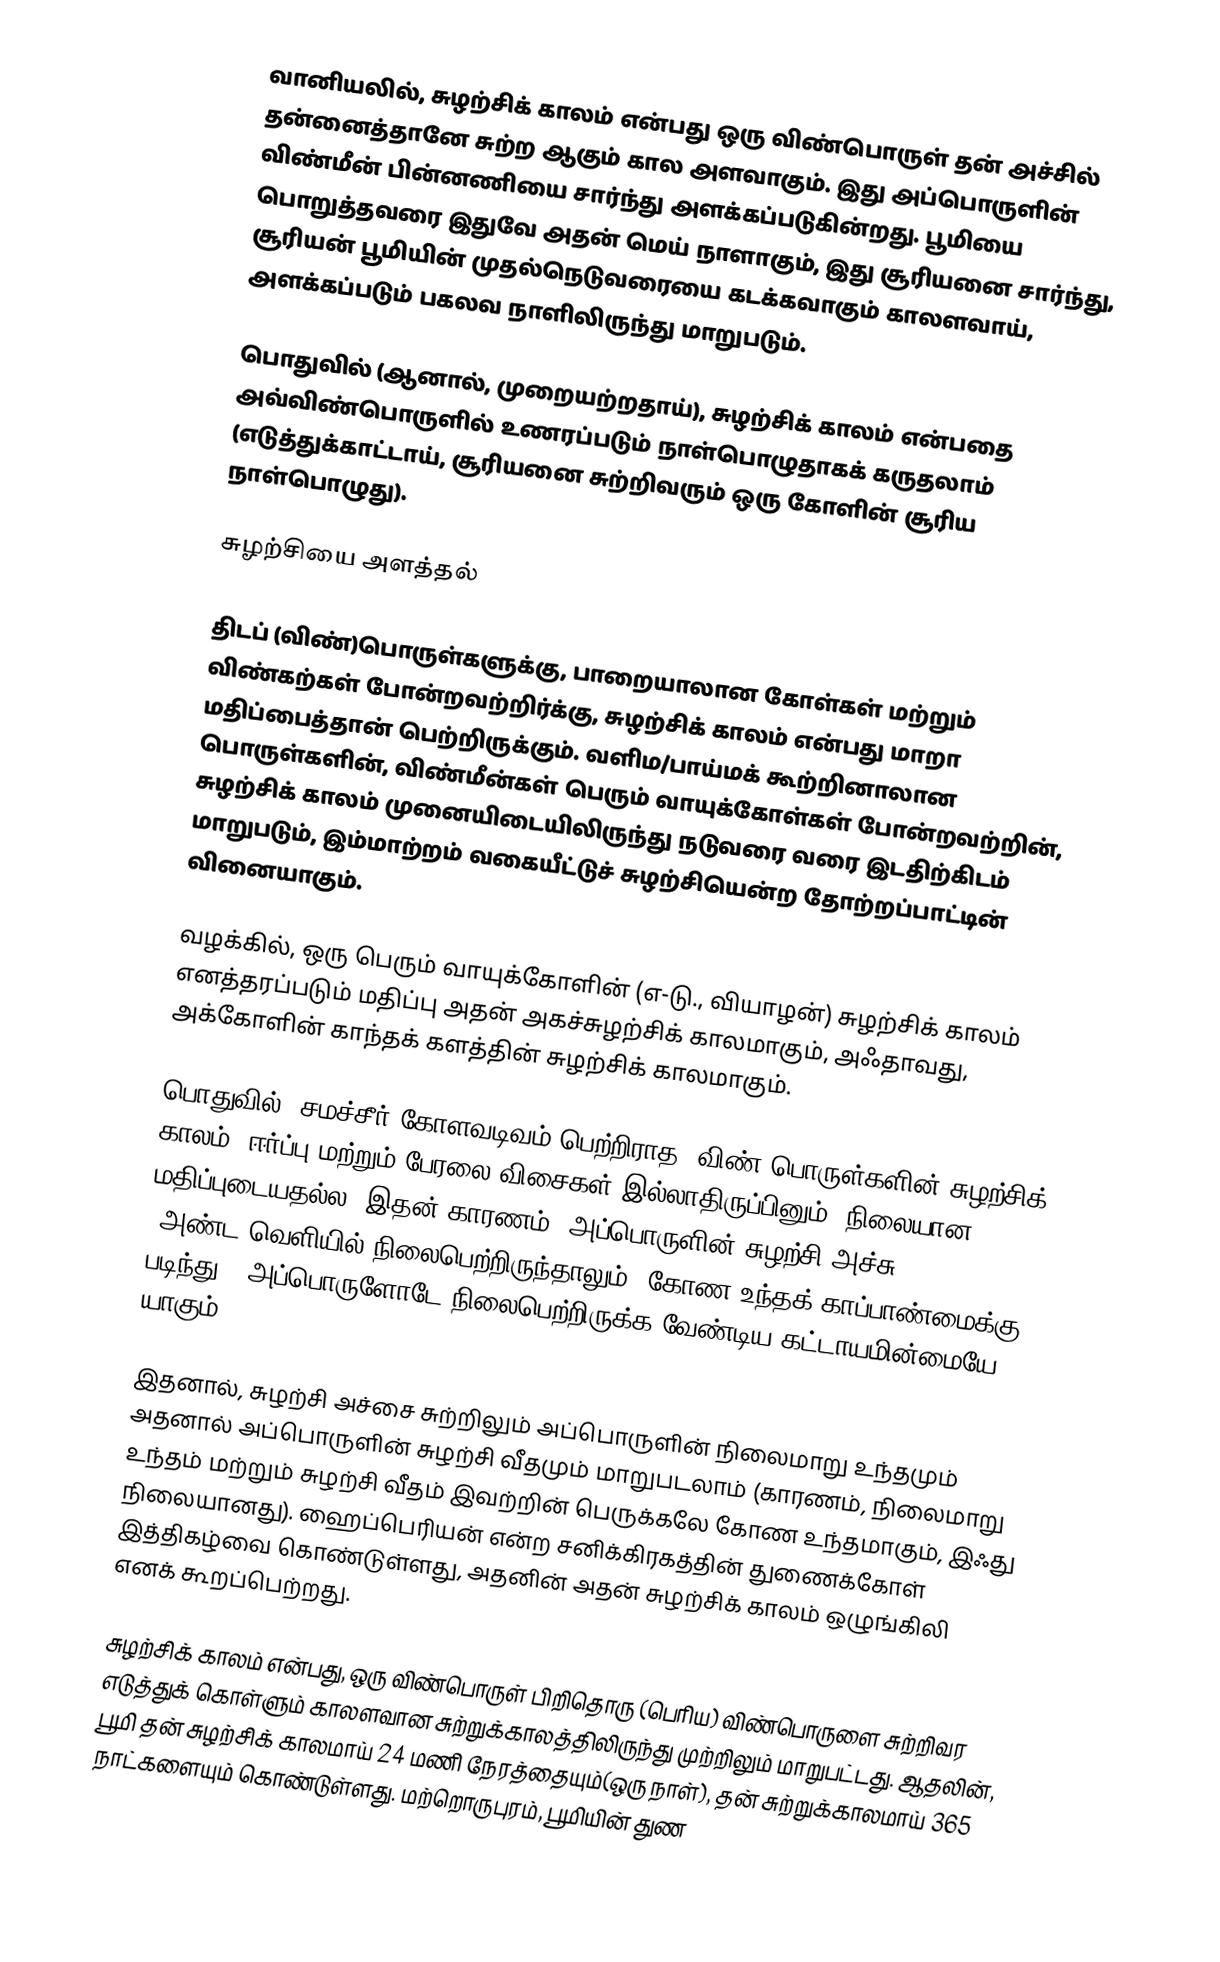
வானியலில், சுழற்சிக் காலம் என்பது ஒரு விண்பொருள் தன் அச்சில் தன்னைத்தானே சுற்ற ஆகும் கால அளவாகும். இது அப்பொருளின் விண்மீன் பின்னணியை சார்ந்து அளக்கப்படுகின்றது. பூமியை பொறுத்தவரை இதுவே அதன் மெய் நாளாகும், இது சூரியனை சார்ந்து, சூரியன் பூமியின் முதல்நெடுவரையை கடக்கவாகும் காலளவாய், அளக்கப்படும் பகலவ நாளிலிருந்து மாறுபடும்.

பொதுவில் (ஆனால், முறையற்றதாய்), சுழற்சிக் காலம் என்பதை அவ்விண்பொருளில் உணரப்படும் நாள்பொழுதாகக் கருதலாம் (எடுத்துக்காட்டாய், சூரியனை சுற்றிவரும் ஒரு கோளின் சூரிய நாள்பொழுது).

சுழற்சியை அளத்தல்

திடப் (விண்)பொருள்களுக்கு, பாறையாலான கோள்கள் மற்றும் விண்கற்கள் போன்றவற்றிர்க்கு, சுழற்சிக் காலம் என்பது மாறா மதிப்பைத்தான் பெற்றிருக்கும். வளிம/பாய்மக் கூற்றினாலான பொருள்களின், விண்மீன்கள் பெரும் வாயுக்கோள்கள் போன்றவற்றின், சுழற்சிக் காலம் முனையிடையிலிருந்து நடுவரை வரை இடதிற்கிடம் மாறுபடும், இம்மாற்றம் வகையீட்டுச் சுழற்சியென்ற தோற்றப்பாட்டின் வினையாகும்.

வழக்கில், ஒரு பெரும் வாயுக்கோளின் (எ-டு., வியாழன்) சுழற்சிக் காலம் எனத்தரப்படும் மதிப்பு அதன் அகச்சுழற்சிக் காலமாகும், அஃதாவது, அக்கோளின் காந்தக் களத்தின் சுழற்சிக் காலமாகும்.

பொதுவில், சமச்சீர் கோளவடிவம் பெற்றிராத (விண்)பொருள்களின் சுழற்சிக் காலம், ஈர்ப்பு மற்றும் பேரலை விசைகள் இல்லாதிருப்பினும், நிலையான மதிப்புடையதல்ல. இதன் காரணம், அப்பொருளின் சுழற்சி அச்சு (அண்ட)வெளியில் நிலைபெற்றிருந்தாலும் (கோண உந்தக் காப்பாண்மைக்கு படிந்து), அப்பொருளோடே நிலைபெற்றிருக்க வேண்டிய கட்டாயமின்மையே யாகும்.

இதனால், சுழற்சி அச்சை சுற்றிலும் அப்பொருளின் நிலைமாறு உந்தமும் அதனால் அப்பொருளின் சுழற்சி வீதமும் மாறுபடலாம் (காரணம், நிலைமாறு உந்தம் மற்றும் சுழற்சி வீதம் இவற்றின் பெருக்கலே கோண உந்தமாகும், இஃது நிலையானது). ஹைப்பெரியன் என்ற சனிக்கிரகத்தின் துணைக்கோள் இத்திகழ்வை கொண்டுள்ளது, அதனின் அதன் சுழற்சிக் காலம் ஒழுங்கிலி எனக் கூறப்பெற்றது.

சுழற்சிக் காலம் என்பது, ஒரு விண்பொருள் பிறிதொரு (பெரிய) விண்பொருளை சுற்றிவர எடுத்துக் கொள்ளும் காலளவான சுற்றுக்காலத்திலிருந்து முற்றிலும் மாறுபட்டது. ஆதலின், பூமி தன் சுழற்சிக் காலமாய் 24 மணி நேரத்தையும்(ஒரு நாள்), தன் சுற்றுக்காலமாய் 365 நாட்களையும் கொண்டுள்ளது. மற்றொருபுரம், பூமியின் துண